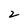
Character: 2